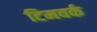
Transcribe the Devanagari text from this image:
टिमवर्क